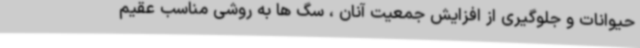
حیوانات و جلوگیری از افزایش جمعیت آنان ، سگ ها به روشی مناسب عقیم